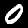
Digit: 0